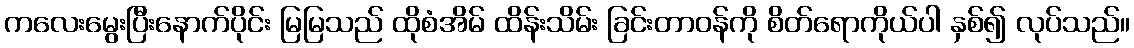
ကလေးမွေးပြီးနောက်ပိုင်း မြမြသည် ထိုစံအိမ် ထိန်းသိမ်း ခြင်းတာဝန်ကို စိတ်ရောကိုယ်ပါ နှစ်၍ လုပ်သည်။